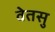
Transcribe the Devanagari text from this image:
वेतसु